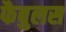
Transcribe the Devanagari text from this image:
फैबुलस